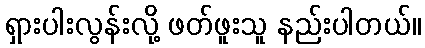
ရှားပါးလွန်းလို့ ဖတ်ဖူးသူ နည်းပါတယ်။